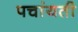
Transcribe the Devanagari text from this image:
पचांयती